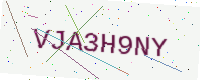
Text: VJA3H9NY